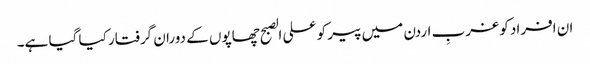
ان افراد کو غربِ اردن میں پیر کو علی الصبح چھاپوں کے دوران گرفتار کیا گیا ہے۔